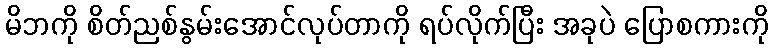
မိဘကို စိတ်ညစ်နွမ်းအောင်လုပ်တာကို ရပ်လိုက်ပြီး အခုပဲ ပြောစကားကို